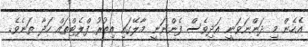
އެހެން މި ދަންނަވަނީ އަދިވެސް ފެންނަނީ މާލޭގައި އިތުރު ފްލެޓްތައް ހަދާ ތަނެވެ.